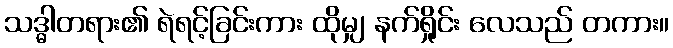
သဒ္ဓါတရား၏ ရဲရင့်ခြင်းကား ထိုမျှ နက်ရှိုင်း လေသည် တကား။